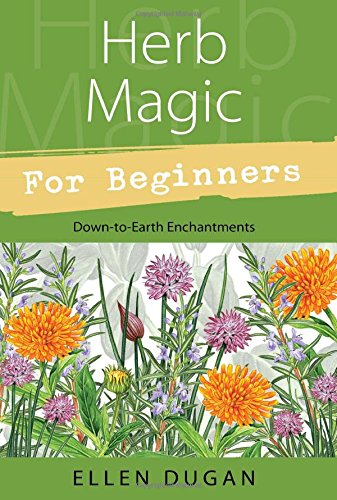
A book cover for Herb Magic for Beginners (For Beginners (Llewellyn's)); Ellen Dugan; Crafts, Hobbies & Home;